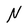
Character: N